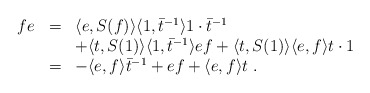
\begin{align*}\begin{array}{rcl}fe&=&\langle e,S(f)\rangle\langle 1,{\bar t}^{-1}\rangle 1\cdot \bar{t}^{-1}\\ & & +\langle t,S(1)\rangle\langle 1,\bar{t}^{-1}\rangle ef +\langle t,S(1)\rangle\langle e,f\rangle t\cdot 1\\ &=&-\langle e,f\rangle{\bar t}^{-1}+ef+\langle e,f\rangle t~.\end{array}\end{align*}